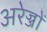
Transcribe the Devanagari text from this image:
अरेज्जों